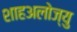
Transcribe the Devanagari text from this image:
शाहअलोज्यु